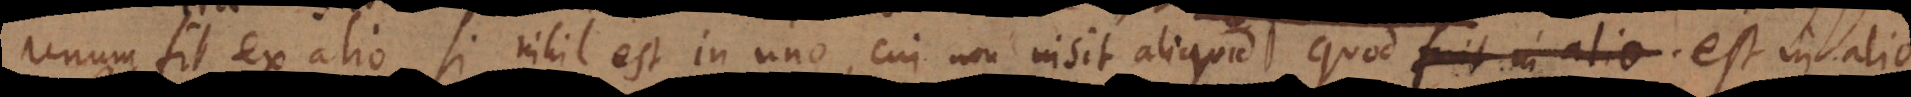
unum fit ex alio, si nihil est in uno, cui non insit aliquid quod fuit est in alio.